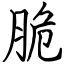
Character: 脆